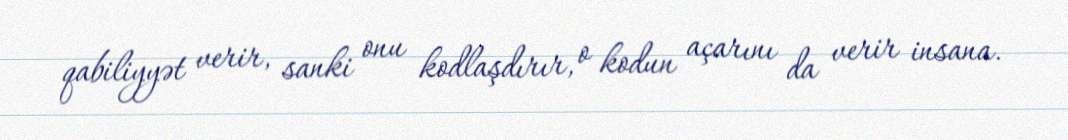
qabiliyyət verir, sanki onu kodlaşdırır, o kodun açarını da verir insana.